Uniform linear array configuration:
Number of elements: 32
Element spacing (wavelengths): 0.75
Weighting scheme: hann
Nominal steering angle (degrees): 0
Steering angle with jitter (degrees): -0.5016
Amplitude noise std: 0.05
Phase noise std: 0.05

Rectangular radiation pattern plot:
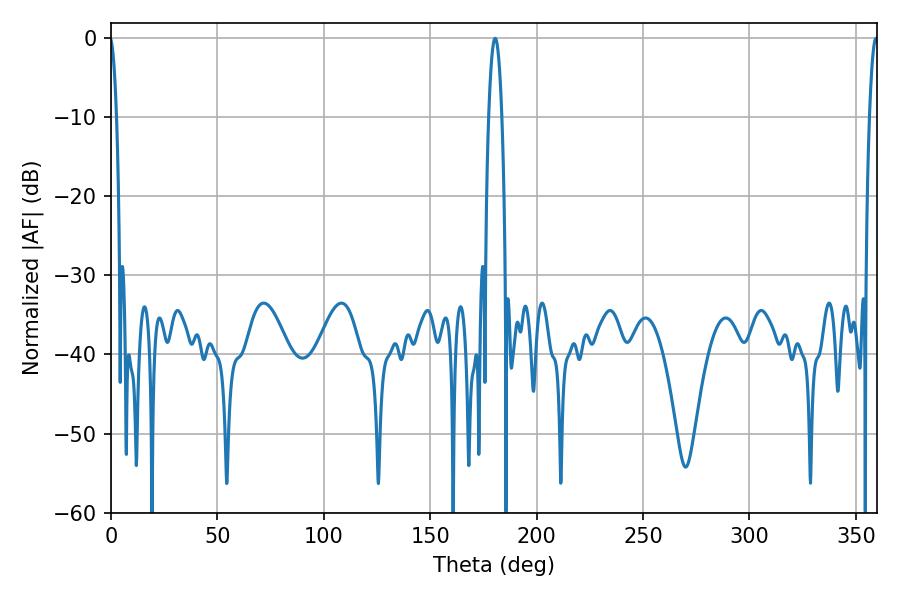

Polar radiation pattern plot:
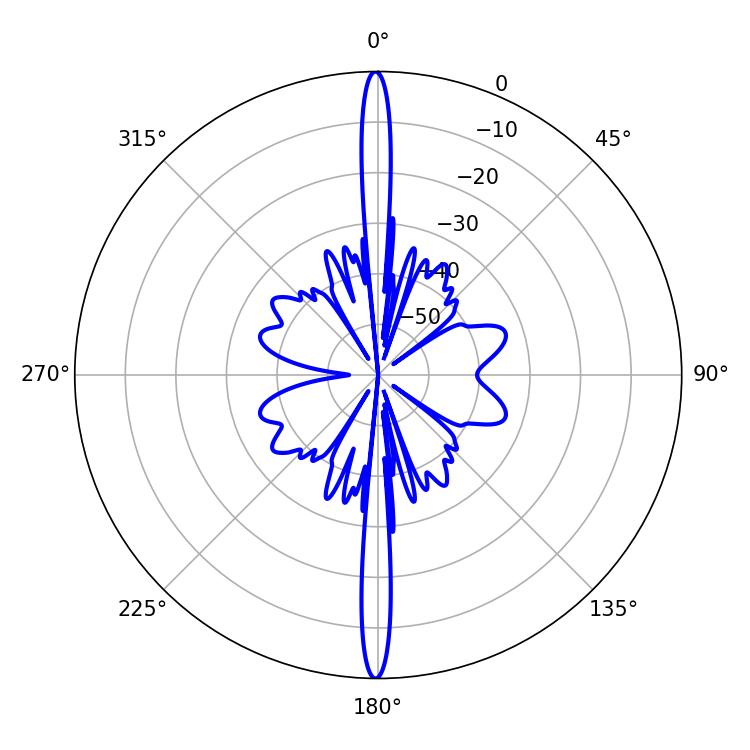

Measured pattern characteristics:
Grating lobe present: TRUE
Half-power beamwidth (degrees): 2.16
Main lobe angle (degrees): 359.46